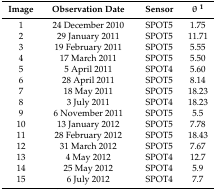
<table><thead><tr><td><b>Image</b></td><td><b>Observation Date</b></td><td><b>Sensor</b></td><td><b>θ <sup>1</sup></b></td></tr></thead><tbody><tr><td>1</td><td>24 December 2010</td><td>SPOT5</td><td>1.75</td></tr><tr><td>2</td><td>29 January 2011</td><td>SPOT5</td><td>11.71</td></tr><tr><td>3</td><td>19 February 2011</td><td>SPOT5</td><td>5.55</td></tr><tr><td>4</td><td>17 March 2011</td><td>SPOT5</td><td>5.50</td></tr><tr><td>5</td><td>5 April 2011</td><td>SPOT4</td><td>5.60</td></tr><tr><td>6</td><td>28 April 2011</td><td>SPOT5</td><td>8.14</td></tr><tr><td>7</td><td>18 May 2011</td><td>SPOT5</td><td>18.23</td></tr><tr><td>8</td><td>3 July 2011</td><td>SPOT4</td><td>18.23</td></tr><tr><td>9</td><td>6 November 2011</td><td>SPOT5</td><td>5.5</td></tr><tr><td>10</td><td>13 January 2012</td><td>SPOT5</td><td>7.78</td></tr><tr><td>11</td><td>28 February 2012</td><td>SPOT5</td><td>18.43</td></tr><tr><td>12</td><td>31 March 2012</td><td>SPOT5</td><td>7.67</td></tr><tr><td>13</td><td>4 May 2012</td><td>SPOT4</td><td>12.7</td></tr><tr><td>14</td><td>25 May 2012</td><td>SPOT4</td><td>5.9</td></tr><tr><td>15</td><td>6 July 2012</td><td>SPOT4</td><td>7.7</td></tr></tbody></table>